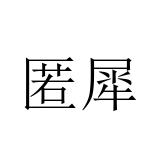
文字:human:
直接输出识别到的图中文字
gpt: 匿犀